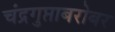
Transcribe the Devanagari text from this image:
चंद्रगुप्ताबरोबर